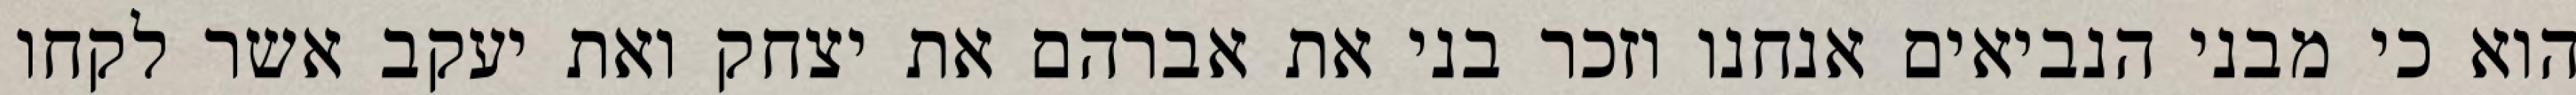
הוא כי מבני הנביאים אנחנו וזכר בני את אברהם את יצחק ואת יעקב אשר לקחו